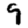
Digit: 9